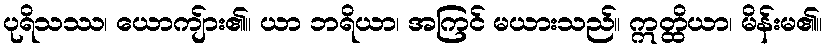
ပုရိသဿ၊ ယောကျ်ား၏။ ယာ ဘရိယာ၊ အကြင် မယားသည်။ ဣတ္ထိယာ၊ မိန်းမ၏။